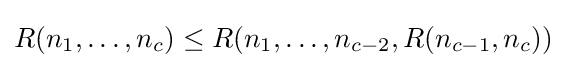
R(n_{1},\dots ,n_{c})\leq R(n_{1},\dots ,n_{c-2},R(n_{c-1},n_{c}))